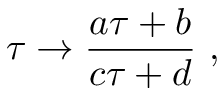
\tau \rightarrow { \frac { a \tau + b } { c \tau + d } } \ ,